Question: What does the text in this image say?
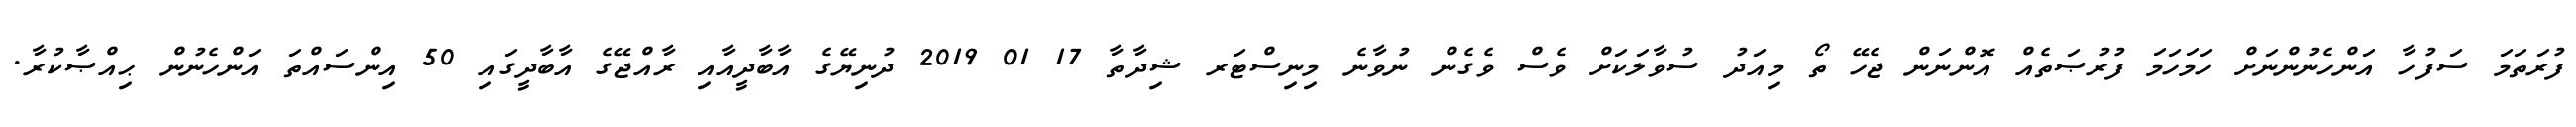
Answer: ފުރަތަމަ ސަފުހާ އަންހެނުންނަށް ހަމަހަމަ ފުރުޞަތެއް އޮންނަން ޖެހޭ ތޯ މިއަދު ސުވާލަކަށް ވެސް ވެގެން ނުވާނެ މިނިސްޓަރ ޝިދާތާ 17 01 2019 ދުނިޔޭގެ އާބާދީއާއި ރާއްޖޭގެ އާބާދީގައި 50 އިންސައްތަ އަންހެނުން ޙިއްޞާކުރާ.